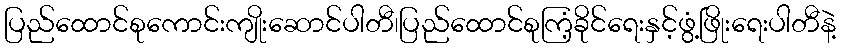
ပြည်ထောင်စုကောင်းကျိုးဆောင်ပါတီ၊ပြည်ထောင်စုကြံ့ခိုင်ရေးနှင့်ဖွံ့ဖြိုးရေးပါတီနဲ့